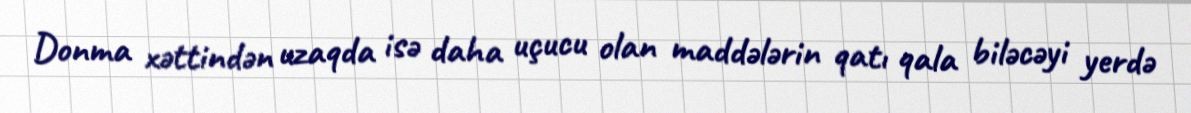
Donma xəttindən uzaqda isə daha uçucu olan maddələrin qatı qala biləcəyi yerdə